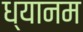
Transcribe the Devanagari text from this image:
ध्यानम